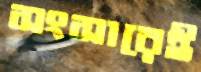
সংসারেই